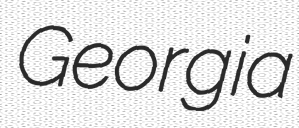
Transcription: Georgia